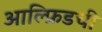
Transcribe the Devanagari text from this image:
आल्फ्रिडची